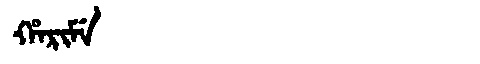
Manchu: ᡥᠠᡵᡳᠮᡝ
Romanization: HARIME